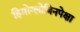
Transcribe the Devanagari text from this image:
हिमोग्लोबिनपेक्षा